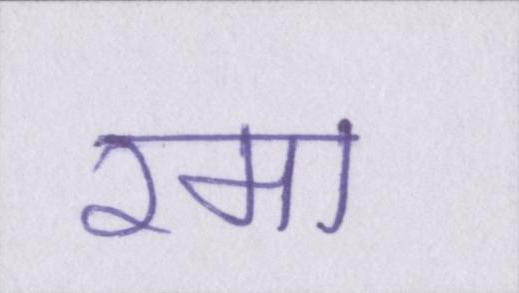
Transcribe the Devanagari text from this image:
रमा